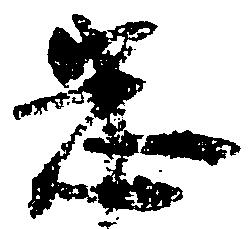
忠